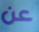
عن